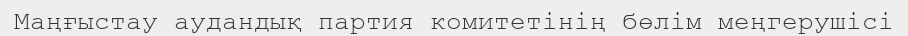
Маңғыстау аудандық партия комитетінің бөлім меңгерушісі